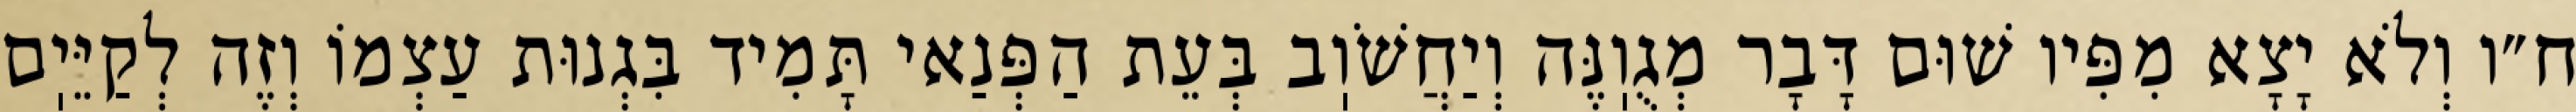
ח״ו וְלֹא יָצָא מִפִּיו שׁוּם דָּבָר מְגֻוֽנֶּה וְיַחֲשֹׁוֽב בְּעֵת הַפְּנַאי תָּמִיד בִּגְנוּת עַצְמוֹ וְזֶה לְקַיֵּיֽם